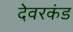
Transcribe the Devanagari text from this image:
देवरकंंड